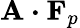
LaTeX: \mathbf{A}\boldsymbol{\cdot}\mathbf{F}_{p}